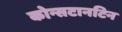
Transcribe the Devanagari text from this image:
कोन्सटानटिन